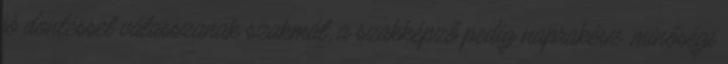
jó döntéssel válasszanak szakmát, a szakképző pedig naprakész, minőségi